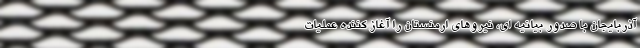
آذربایجان با صدور بیانیه ای، نیروهای ارمنستان را آغاز کننده عملیات